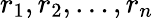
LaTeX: r_{1},r_{2},\ldots,r_{n}